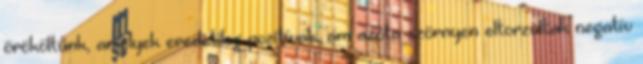
örököltünk, amelyek eredetileg pozitívak, ám azóta szörnyen eltorzultak negatív